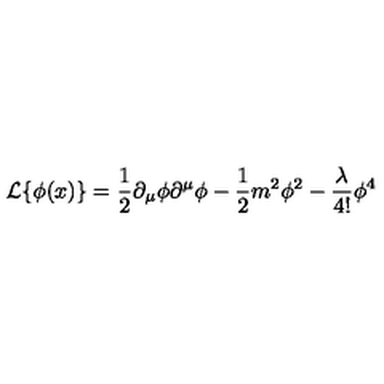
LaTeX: { \cal L } \{ \phi ( x ) \} = \frac { 1 } { 2 } \partial _ { \mu } \phi \partial ^ { \mu } \phi - \frac { 1 } { 2 } m ^ { 2 } \phi ^ { 2 } - \frac { \lambda } { 4 ! } \phi ^ { 4 }